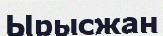
Ырысжан